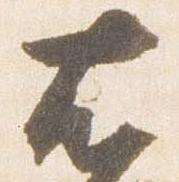
右